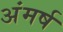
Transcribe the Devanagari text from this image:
अंमर्ष